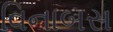
વિનાબસ